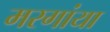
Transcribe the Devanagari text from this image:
मरगांया